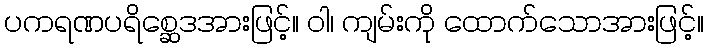
ပကရဏပရိစ္ဆေဒအားဖြင့်။ ဝါ၊ ကျမ်းကို ထောက်သောအားဖြင့်။